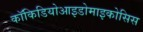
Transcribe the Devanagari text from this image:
कॉकिडियोआइडोमाइकोसिस